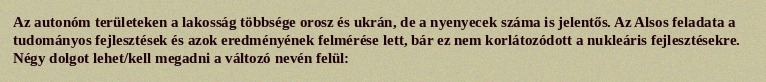
Az autonóm területeken a lakosság többsége orosz és ukrán, de a nyenyecek száma is jelentős. Az Alsos feladata a tudományos fejlesztések és azok eredményének felmérése lett, bár ez nem korlátozódott a nukleáris fejlesztésekre. Négy dolgot lehet/kell megadni a változó nevén felül: